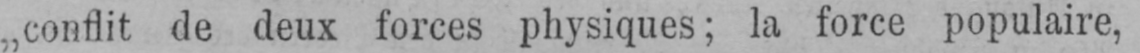
„conflit de deux forces physiques; la force populaire,